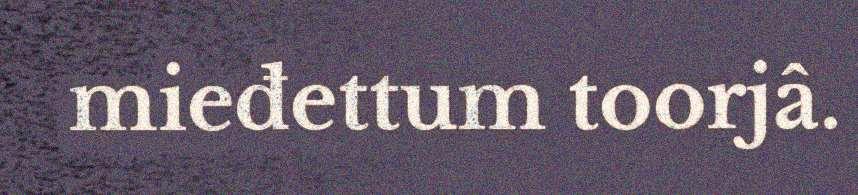
mieđettum toorjâ.